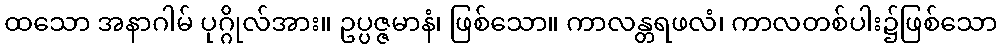
ထသော အနာဂါမ် ပုဂ္ဂိုလ်အား။ ဥပ္ပဇ္ဇမာနံ၊ ဖြစ်သော။ ကာလန္တရဖလံ၊ ကာလတစ်ပါး၌ဖြစ်သော